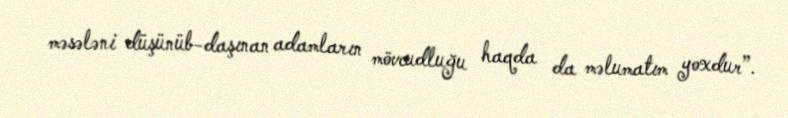
məsələni düşünüb-daşınan adamların mövcudluğu haqda da məlumatım yoxdur”.